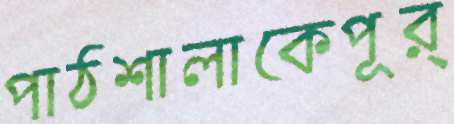
পাঠশালাকেপূর্